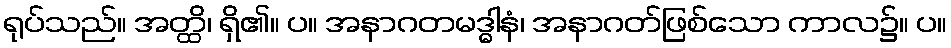
ရုပ်သည်။ အတ္ထိ၊ ရှိ၏။ ပ။ အနာဂတမဒ္ဓါနံ၊ အနာဂတ်ဖြစ်သော ကာလ၌။ ပ။